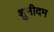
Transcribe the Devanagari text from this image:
शुनीदम